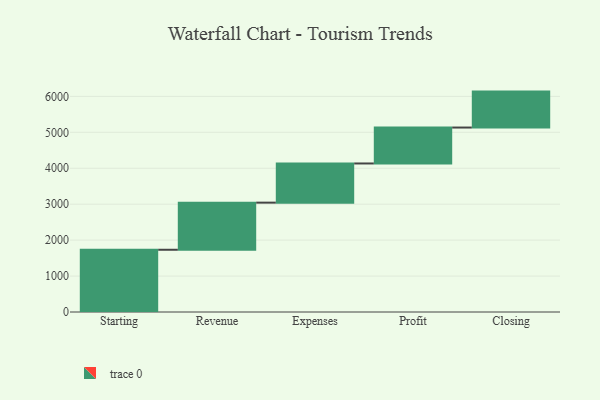
{"axis": {"x": "Step", "y": "Value"}, "legend": [""], "data": [{"x": "Starting", "y": 1732.0, "type": ""}, {"x": "Revenue", "y": 1311.0, "type": ""}, {"x": "Expenses", "y": 1090.0, "type": ""}, {"x": "Profit", "y": 1000, "type": ""}, {"x": "Closing", "y": 1000, "type": ""}]}